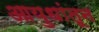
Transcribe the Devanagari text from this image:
आयुधांतून